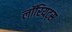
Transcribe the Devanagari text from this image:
लॉरियट्स